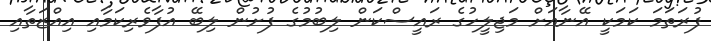
ފުރަތަމަ ކަމަކީ އޭނާއަށް މަޖިލީހުގެ ރައީސްކަން ލިބުމުގެ ފުށުން ލިބޭ އުފާވެރިކަމާއި އިއްޒަތާއި